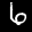
Label: 6